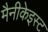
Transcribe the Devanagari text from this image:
मैनीकेइस्ट